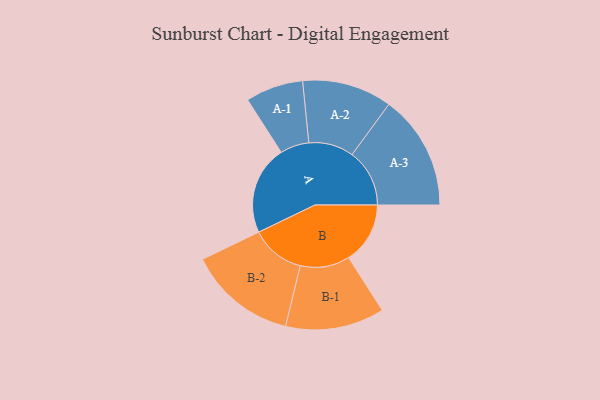
{"axis": {"x": "Segment", "y": "Value"}, "legend": ["", "A", "B"], "data": [{"x": "A", "y": 453, "type": ""}, {"x": "B", "y": 313, "type": ""}, {"x": "A-1", "y": 147, "type": "A"}, {"x": "A-2", "y": 229, "type": "A"}, {"x": "A-3", "y": 293, "type": "A"}, {"x": "B-1", "y": 252, "type": "B"}, {"x": "B-2", "y": 276, "type": "B"}]}